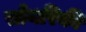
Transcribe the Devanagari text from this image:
सोयरिकी